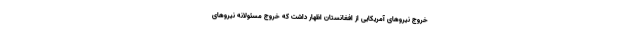
خروج نیروهای آمریکایی از افغانستان اظهار داشت که خروج مسئولانه نیروهای